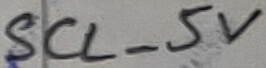
Text: SCL_5V